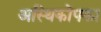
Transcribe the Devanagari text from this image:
अस्थिकोपका